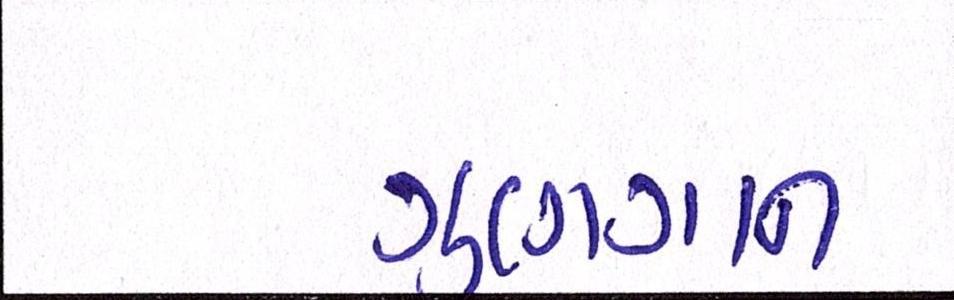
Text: ગુણગાન